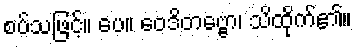
စပ်သဖြင့်။ ပေ။ ဝေဒိတဗ္ဗော၊ သိထိုက်၏။